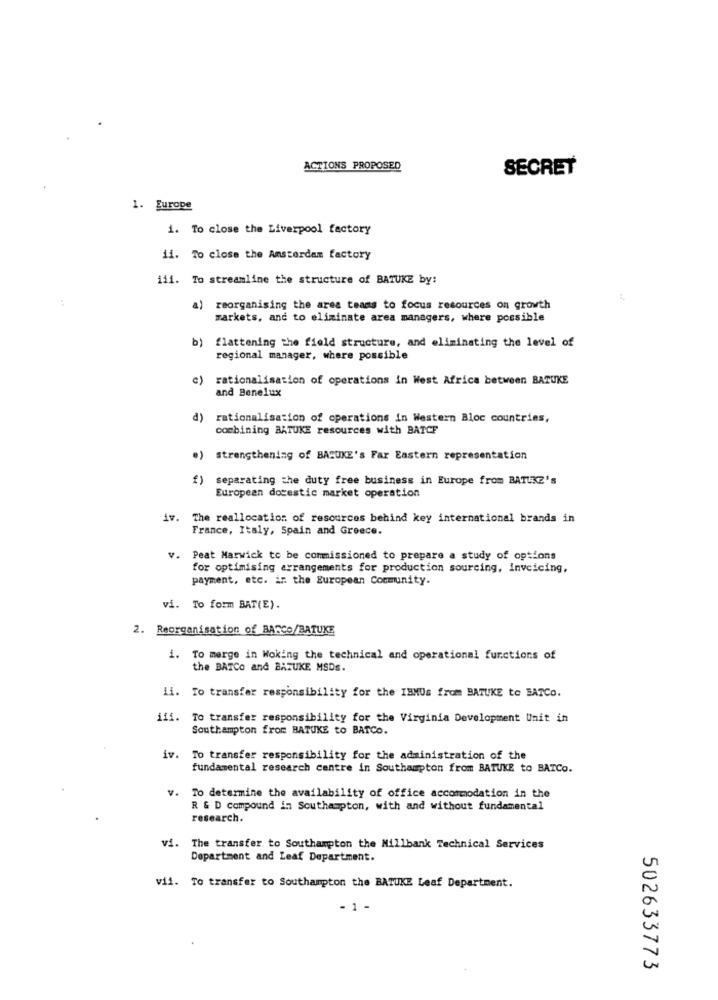
ACTIONS PROPOSED
SECRET
1. Europe
1. To close the Liverpool factory
ii. To close the Amsterdam factory
iii. To streamline the structure of BATUKE by:
a)
reorganising the area teams to focus resources on growth
markets, and to eliminate area managers, where possible
b) flattening the field structure, and eliminating the level of
regional manager, where possible
c)
rationalisation of operations in West Africa between BATUKE
and Benelux
d)
rationalisation of operations in Western Bloc countries,
combining ARTUKE resources with BATCF
)strengthening of BAZUKE's Far Eastern representation
) separating the duty free business in Europe from BATUKE's
European domestic market operation
iv. The reallocation of resources behind key international brands in
France, Italy, Spain and Greece.
v. Peat Marwick to be commissioned to prepare a study of options
for optimising arrangements for production sourcing, invoicing,
payment, etc. in the European Community.
vi. To form BAT(E).
2. Reorganisation of BARCO/BATUKE
1. To merge in Woking the technical and operational functions of
the BATCo and BATUKE MSDS.
ii. To transfer responsibility for the IBMUs from BATUKE to EATCO.
iii. To transfer responsibility for the Virginia Development Unit in
Southampton from BATUKE to BATCO.
iv. To transfer responsibility for the administration of the
fundamental research centre in Southampton from BATUKE to BATCO.
V.
To determine the availability of office accommodation in the
R & D compound in Southampton, with and without fundamental
research.
vi. The transfer to Southampton the Millbank Technical Services
Department and Leaf Department.
vii. To transfer to Southampton the BATUKE Leaf Department.
- 1 -
502633773